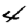
Digit: 4